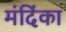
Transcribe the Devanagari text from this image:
मंदिंका